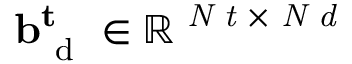
\mathbf { b } _ { \mathrm { ~ d ~ } } ^ { \mathbf { t } } \in \mathbb { R } ^ { \textit { N t } \times \textit { N d } }